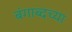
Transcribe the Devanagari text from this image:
बंगाब्दच्या